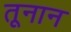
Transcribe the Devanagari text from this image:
तूनान